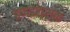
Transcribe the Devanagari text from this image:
इण्डक्शन